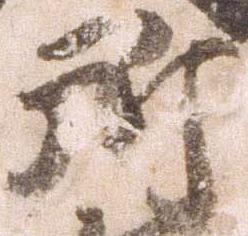
所